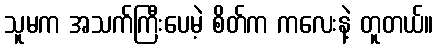
သူမက အသက်ကြီးပေမဲ့ စိတ်က ကလေးနဲ့ တူတယ်။